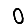
Digit: 0